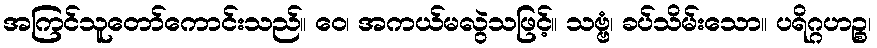
အကြင်သူတော်ကောင်းသည်။ ဝေ၊ အကယ်မလွဲသဖြင့်။ သဗ္ဗံ၊ ခပ်သိမ်းသော။ ပရိဂ္ဂဟဉ္စ၊